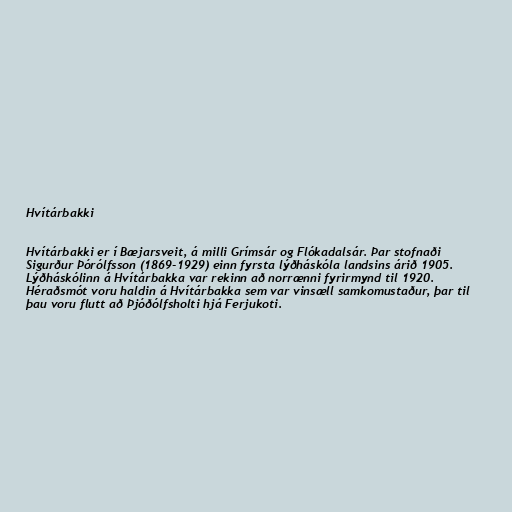
Hvítárbakki

Hvítárbakki er í Bæjarsveit, á milli Grímsár og Flókadalsár. Þar stofnaði
Sigurður Þórólfsson (1869-1929) einn fyrsta lýðháskóla landsins árið 1905.
Lýðháskólinn á Hvítárbakka var rekinn að norrænni fyrirmynd til 1920.
Héraðsmót voru haldin á Hvítárbakka sem var vinsæll samkomustaður, þar til
þau voru flutt að Þjóðólfsholti hjá Ferjukoti.